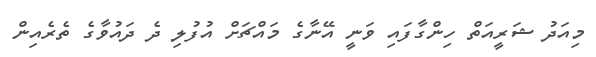
މިއަދު ޝަރީއަތް ހިންގާފައި ވަނީ އޭނާގެ މައްޗަށް އުފުލި ދެ ދައުވާގެ ތެރެއިން